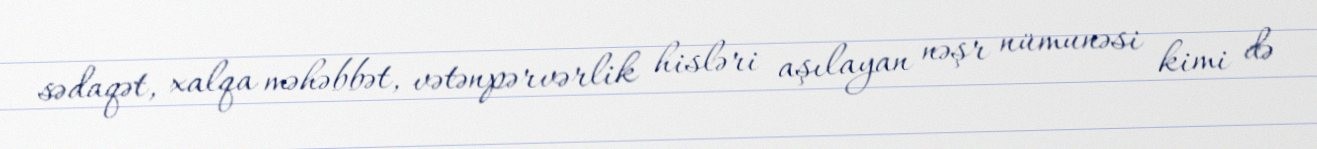
sədaqət, xalqa məhəbbət, vətənpərvərlik hisləri aşılayan nəşr nümunəsi kimi də